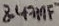
Text: 8.47µF